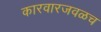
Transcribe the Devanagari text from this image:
कारवारजवळच